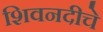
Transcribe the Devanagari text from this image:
शिवनदीचे